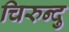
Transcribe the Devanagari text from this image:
चिरुन्दु